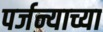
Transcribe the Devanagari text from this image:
पर्जन्याच्या